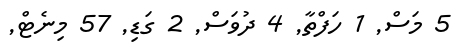
5 މަސް